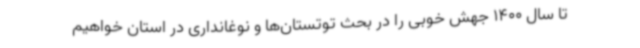
تا سال 1400 جهش خوبی را در بحث توتستان‌ها و نوغانداری در استان خواهیم